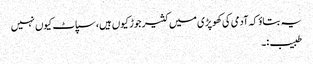
یہ بتاوٴ کہ آدمی کی کھوپڑی میں کثیر جوڑ کیوں ہیں،سپاٹ کیوں نہیں
طبیب:۔